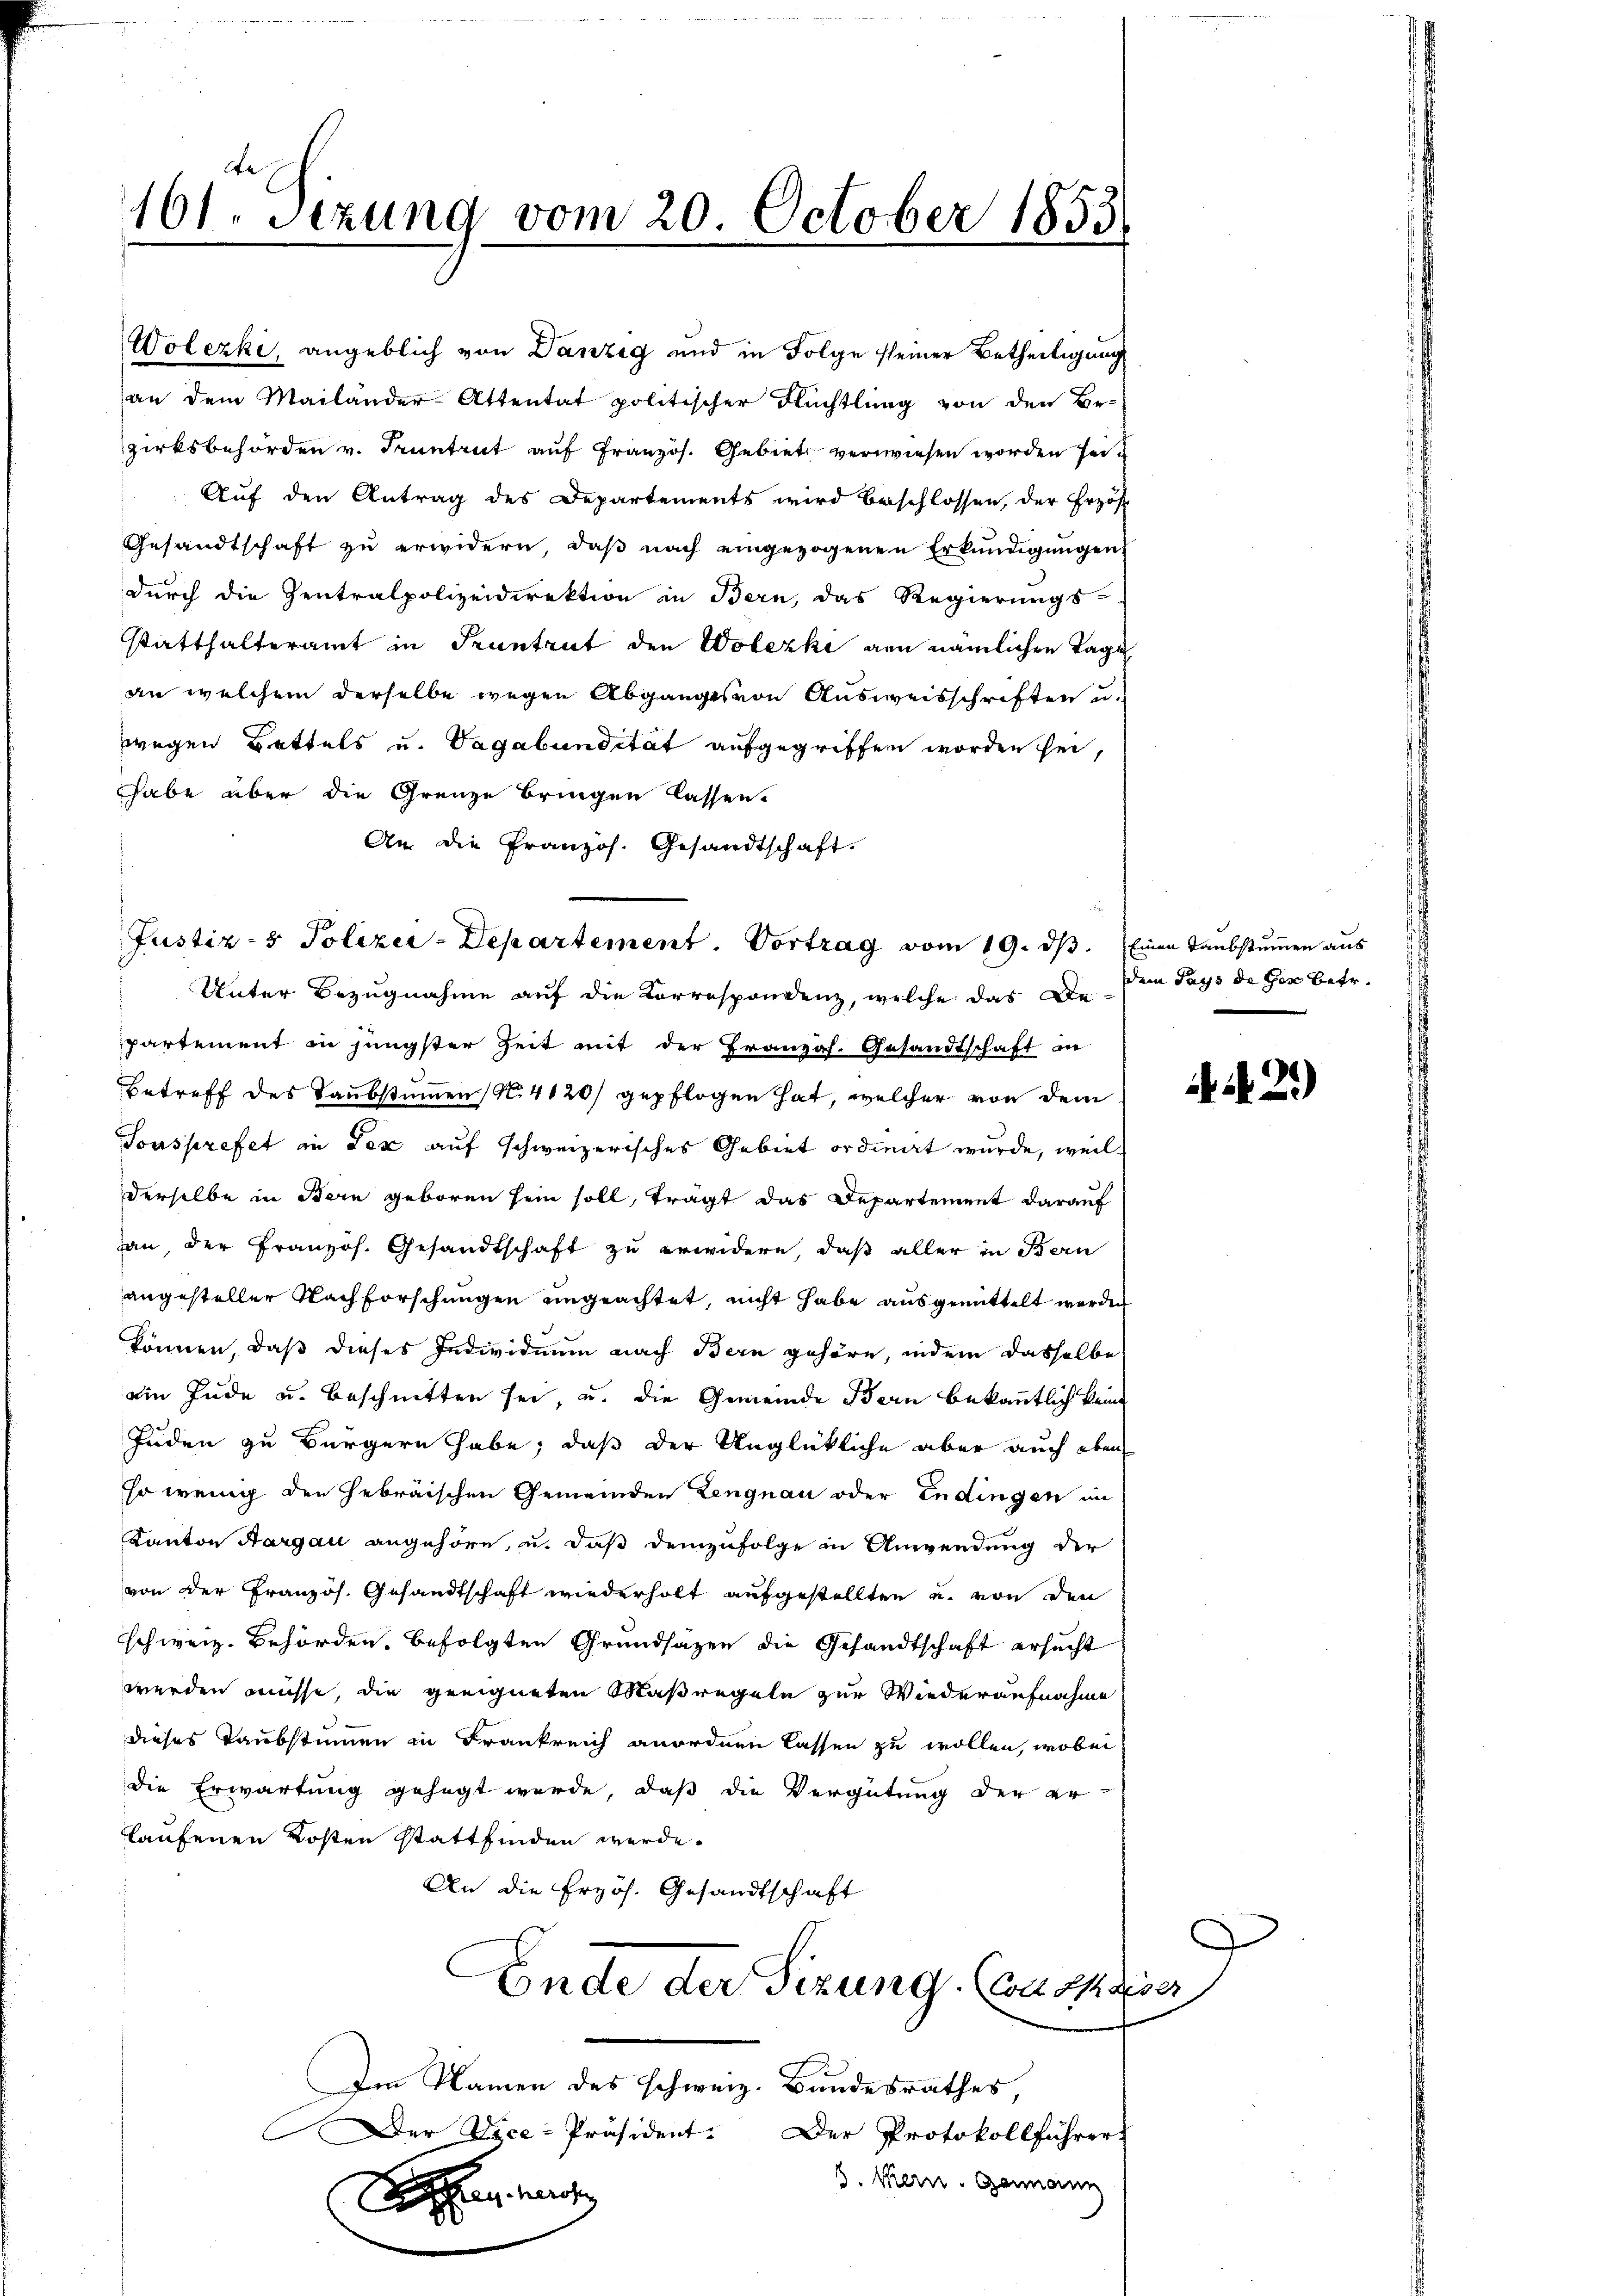
161. Sezung vom 20. October 1853

Wolezki, angeblich von Danzig und in Folge seiner Betheiligung
(an dem Mailander-Attentat politischer Flüchtling von den Be-
zirksbehörden v. Pruntrut auf Französ. Gebiet verwiesen worden sein
Auf den Antrag des Departements wird beschlossen, der Erzöf-
Gesandtschaft zu erwidern, daß nach eingezogenen Erkundigungen.
durch die Zentralpolizeidirektion in Bern, das Regierungs-
statthalteramt in Pruntrut den Wolezki gen nämlichen Tage
an welchem derselbe wegen Abganges von Ausweisschriften u.
wegen Bettels u. Vagabundität aufgegriffen worden sei,
habe aber die Grenze bringen lassen.
An die Pranzös. Gesandtschaft.
Unter Bezugnahme auf die Korrespondenz, welche das Die Dein Pays de Ger betr.
partement in jüngster Zeit mit der Französ. Gesandtschaft an
Betreff des Taubstimmen (N. 4120/ gepflogen hat, welcher von dem
Tonsprefet in der auf schweizerisches Gebiet ordnet wurde, weil
derselbe in Bern geboren sein soll, trägt das Departement darauf
an der Französ. Gesandtschaft zu erwidern, daß aller in Bern
angesteller Nachforschungen ungeachtet, nicht habe ausgemittelt werden
können, daß dieses Individuum nach Bern gehöre, indem dasselbe
ein Jude u. beschnitten sei, u. die Gemeinde Bern bekanntlich keine
Juden zu Bürgern habe, daß der Unglückliche aber auch eben
so wenig den Hebräischen Gemeinden Lengnau oder Endingen in
Kanton Aargau angehöre, u. daß demzufolge in Anwendung der
von der Französ. Gesandtschaft wiederholt aufgestellten u. von den
schweiz. Behörden, befolgten Grundsätzen die Gesandtschaft ersucht
werden müsse, die geeigneten Maßregeln zur Wiederaufnahme
dieses Taubstimmen in Frankreich anordnen lassen zu wollen, wobei
die Erwartung gesagt werde, daß die Vergütung der er-
laufenen Kosten stattfinden werde.
An die Erzös. Gesandtschaft
Ende der Sizung. (Con 21. d.
Im Namen des schweiz. Bandesrathes,
Der Vice-Präsident.
Der Protokollführer
3. Kern, Germann

Justiz- & Polizei-Departement. Vortrag vom 19. ds. Einen Taubstummen aus

30

N. 2)